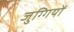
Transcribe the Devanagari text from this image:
जुग्गियों